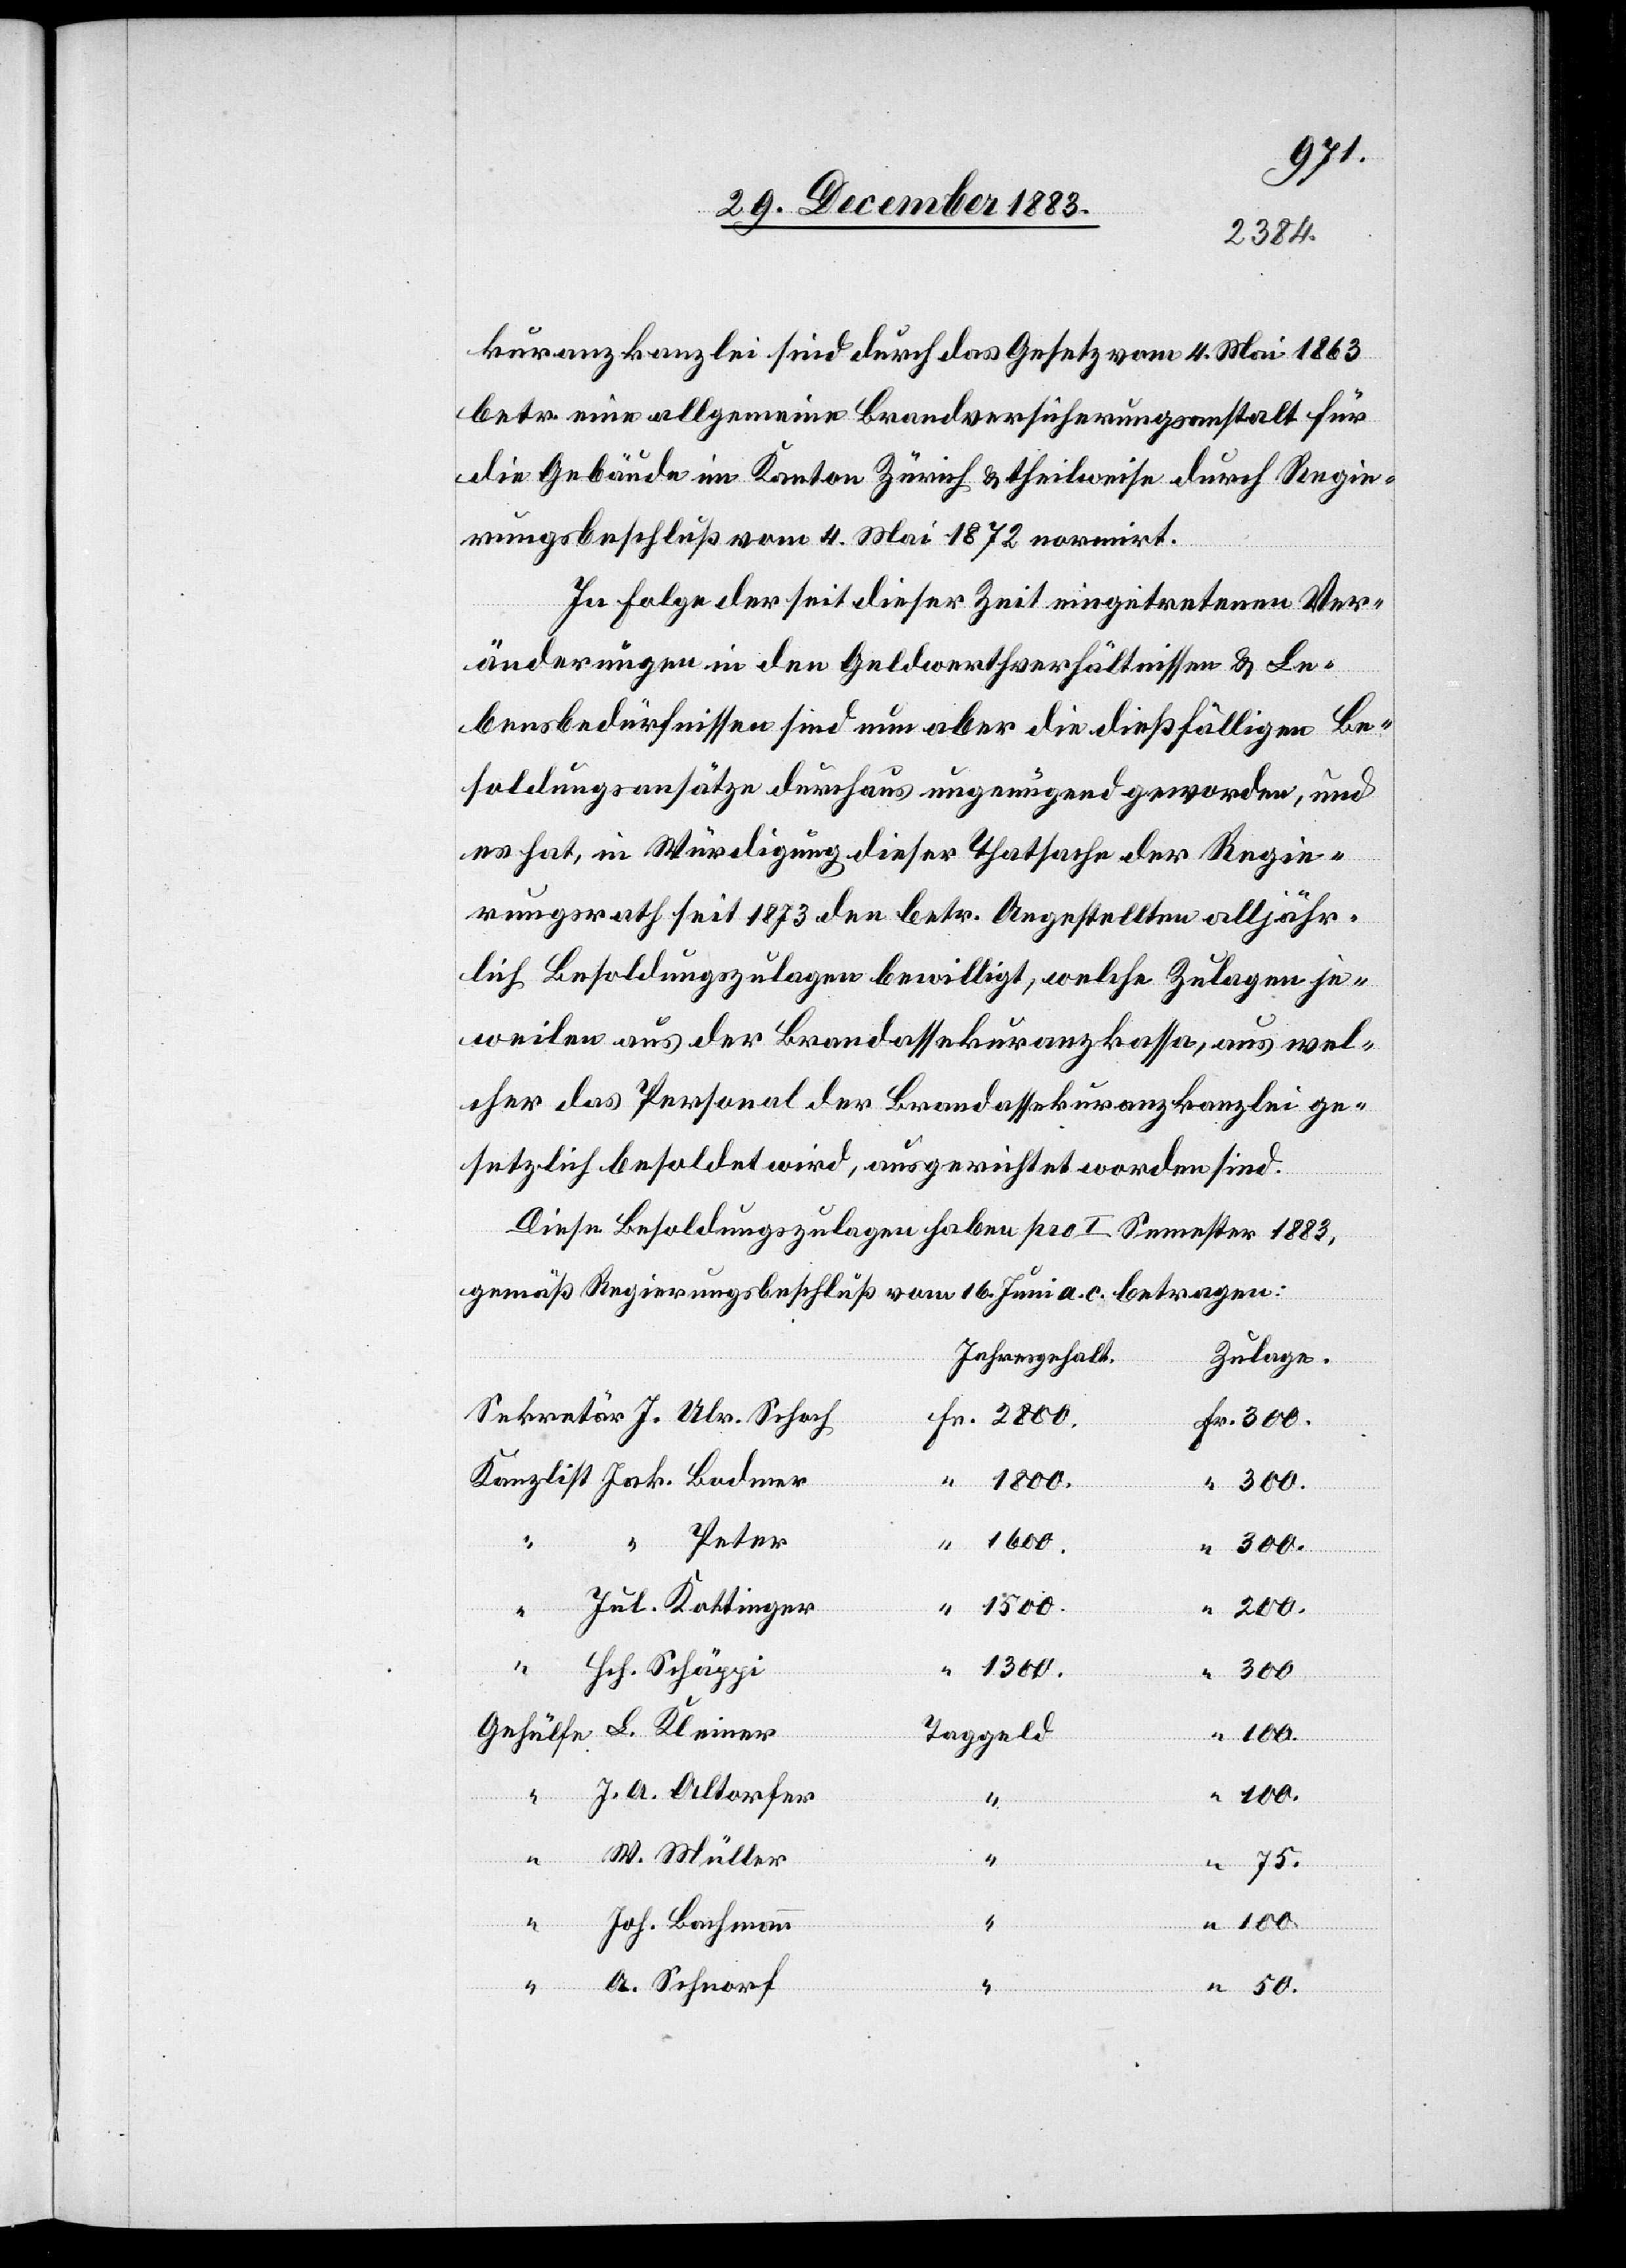
kuranzkanzlei sind durch das Gesetz vom 4. Mai 1863
betr. eine allgemeine Brandversicherungsanstalt für
die Gebäude im Kanton Zürich & theilweise durch Regie¬
rungsbeschluß vom 4. Mai 1872 normirt.
In Folge der seit dieser Zeit eingetretenen Ver¬
änderungen in den Geldverhältnissen & Le¬
bensbedürfnissen sind nun aber die dießfälligen Be¬
soldungsansätze durchaus ungenügend geworden, und
es hat, in Würdigung dieser Thatsache der Regie¬
rungsrath seit 1873 den betr. Angestellten alljähr¬
lich Besoldungszulagen bewilligt, welche Zulagen je¬
weilen aus der Brandassekuranzkassa, aus wel¬
cher das Personal der Brandassekuranzkanzlei ge¬
setzlich besoldet wird, ausgerichtet worden sind.
Diese Besoldungszulagen haben pro I. Semester 1883,
gemäß Regierungsbeschluß vom 16. Juni a. c. betragen:
Jahresgehalt
Zulage
1800.
Peter
1600.
50.
“
Fr.
300.
Jul. Kottinger
“
100.
“
1300.
Hch. Schäppi
200.
“
Taggeld
100.
J. A. Altorfer
100.
W. Müller
“
75.
Joh. Bachmann
A. Schnorf
L.

iner